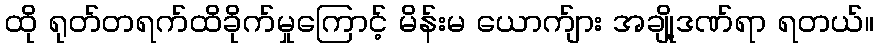
ထို ရုတ်တရက်ထိခိုက်မှုကြောင့် မိန်းမ ယောက်ျား အချို့ဒဏ်ရာ ရတယ်။